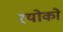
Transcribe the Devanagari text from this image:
रयोको